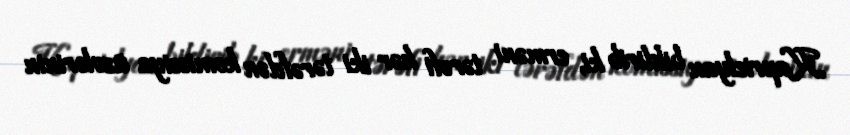
Kaprielyan bildirib ki, erməni tərəfi hər iki tərəfdən komissiya üzvlərinin